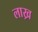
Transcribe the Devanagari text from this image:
लाख्र